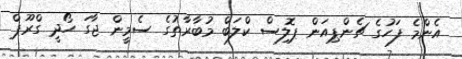
އެންމެ ފަހުގެ ޗެންޕިއަން ޕޮލިސް ކްލަބް މުބާރާތުގެ ސެމީން ޖާގަ ހޯދީ ގްރޫޕް